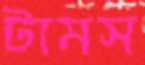
টামস